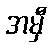
အမှီ